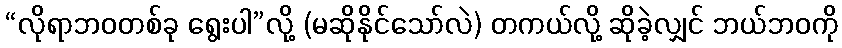
“လိုရာဘဝတစ်ခု ရွေးပါ”လို့ (မဆိုနိုင်သော်လဲ) တကယ်လို့ ဆိုခဲ့လျှင် ဘယ်ဘဝကို